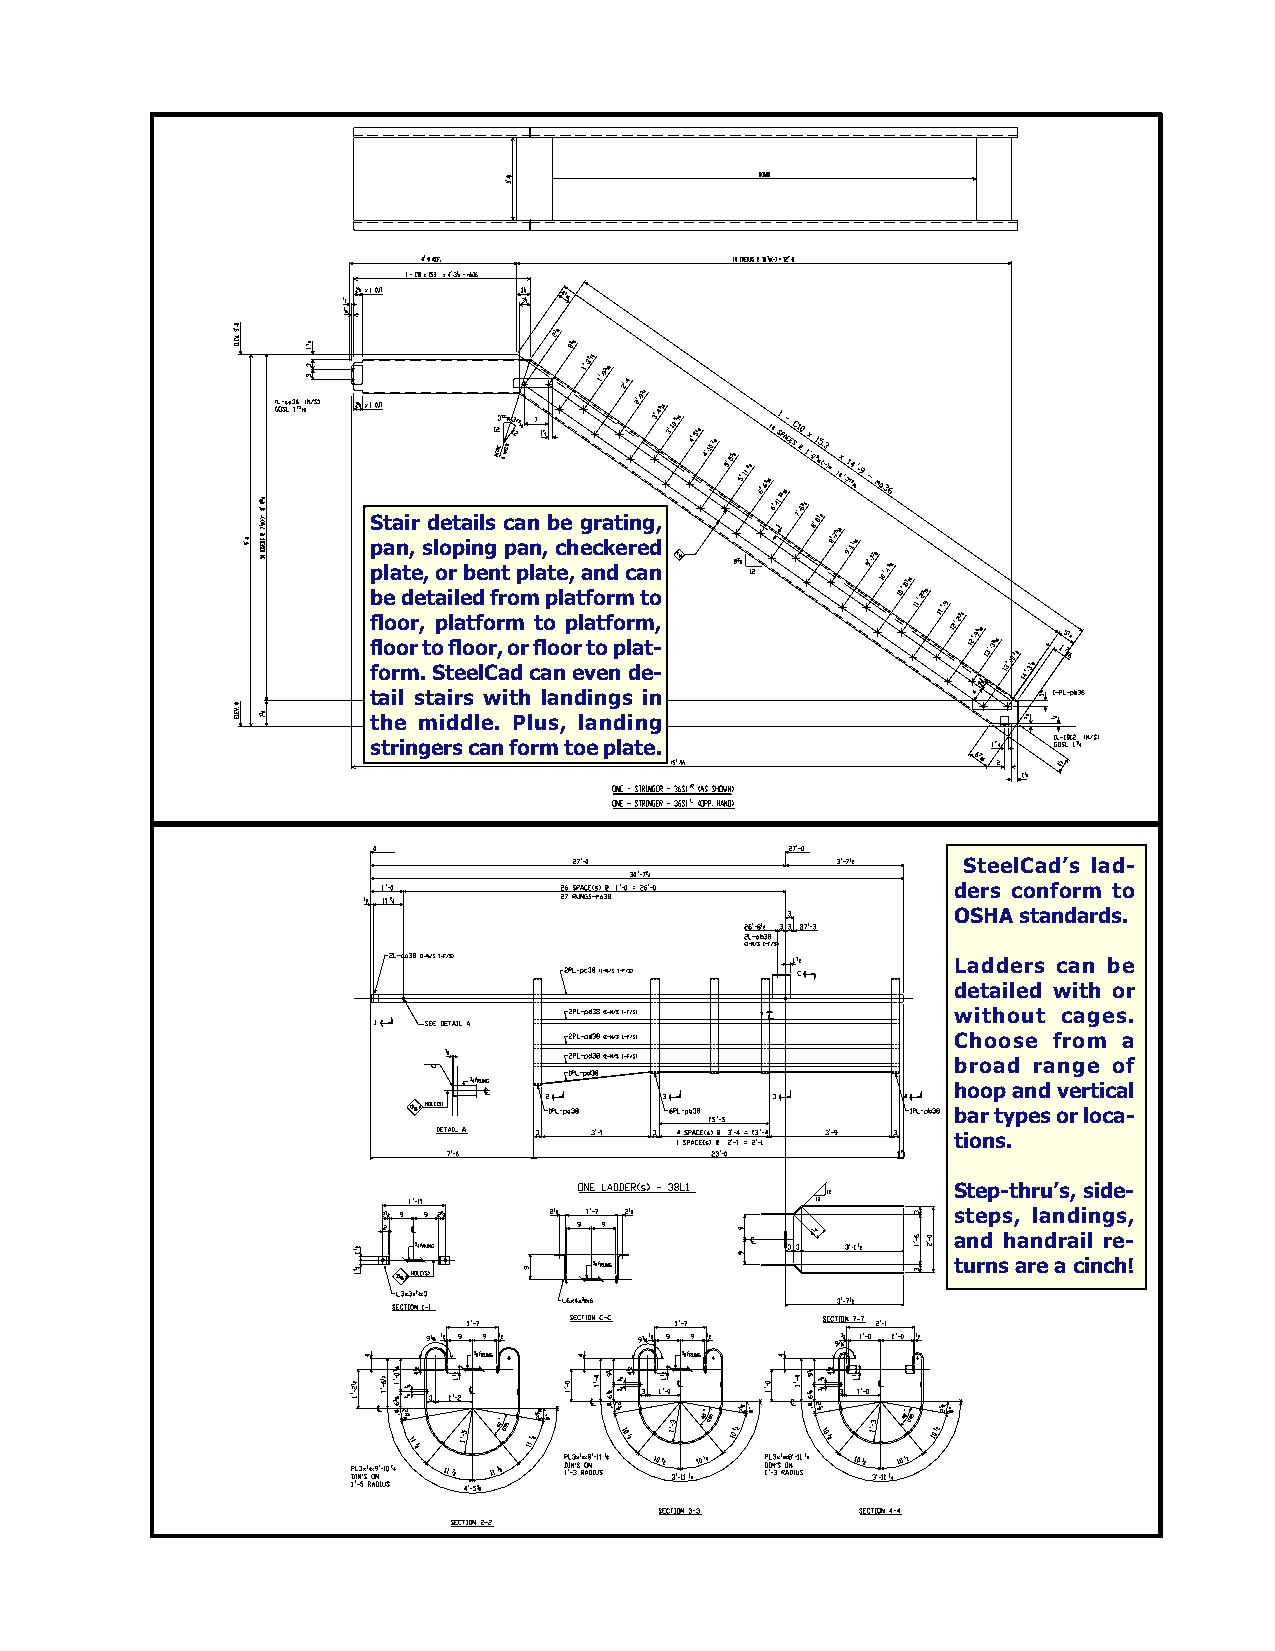
Stair details can be grating,
 pan, sloping pan, checkered
 plate, or bent plate, and can
 be detailed from platform to
 floor, platform to platform,
 floor to floor, or floor to plat-
 form. SteelCad can even de-
 tail stairs with landings in
 the middle. Plus, landing
 stringers can form toe plate.
 SteelCad’s lad-
 ders conform to
 OSHA standards.
 Ladders can be
 detailed with or
 without cages.
 Choose from a
 broad range of
 hoop and vertical
 bar types or loca-
 tions.
 Step-thru’s, side-
 steps, landings,
 and handrail re-
 turns are a cinch!